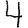
Digit: 4